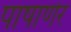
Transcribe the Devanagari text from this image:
पाषाणेर